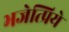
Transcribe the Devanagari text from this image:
भजेत्प्रिये